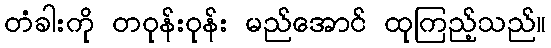
တံခါးကို တဝုန်းဝုန်း မည်အောင် ထုကြည့်သည်။